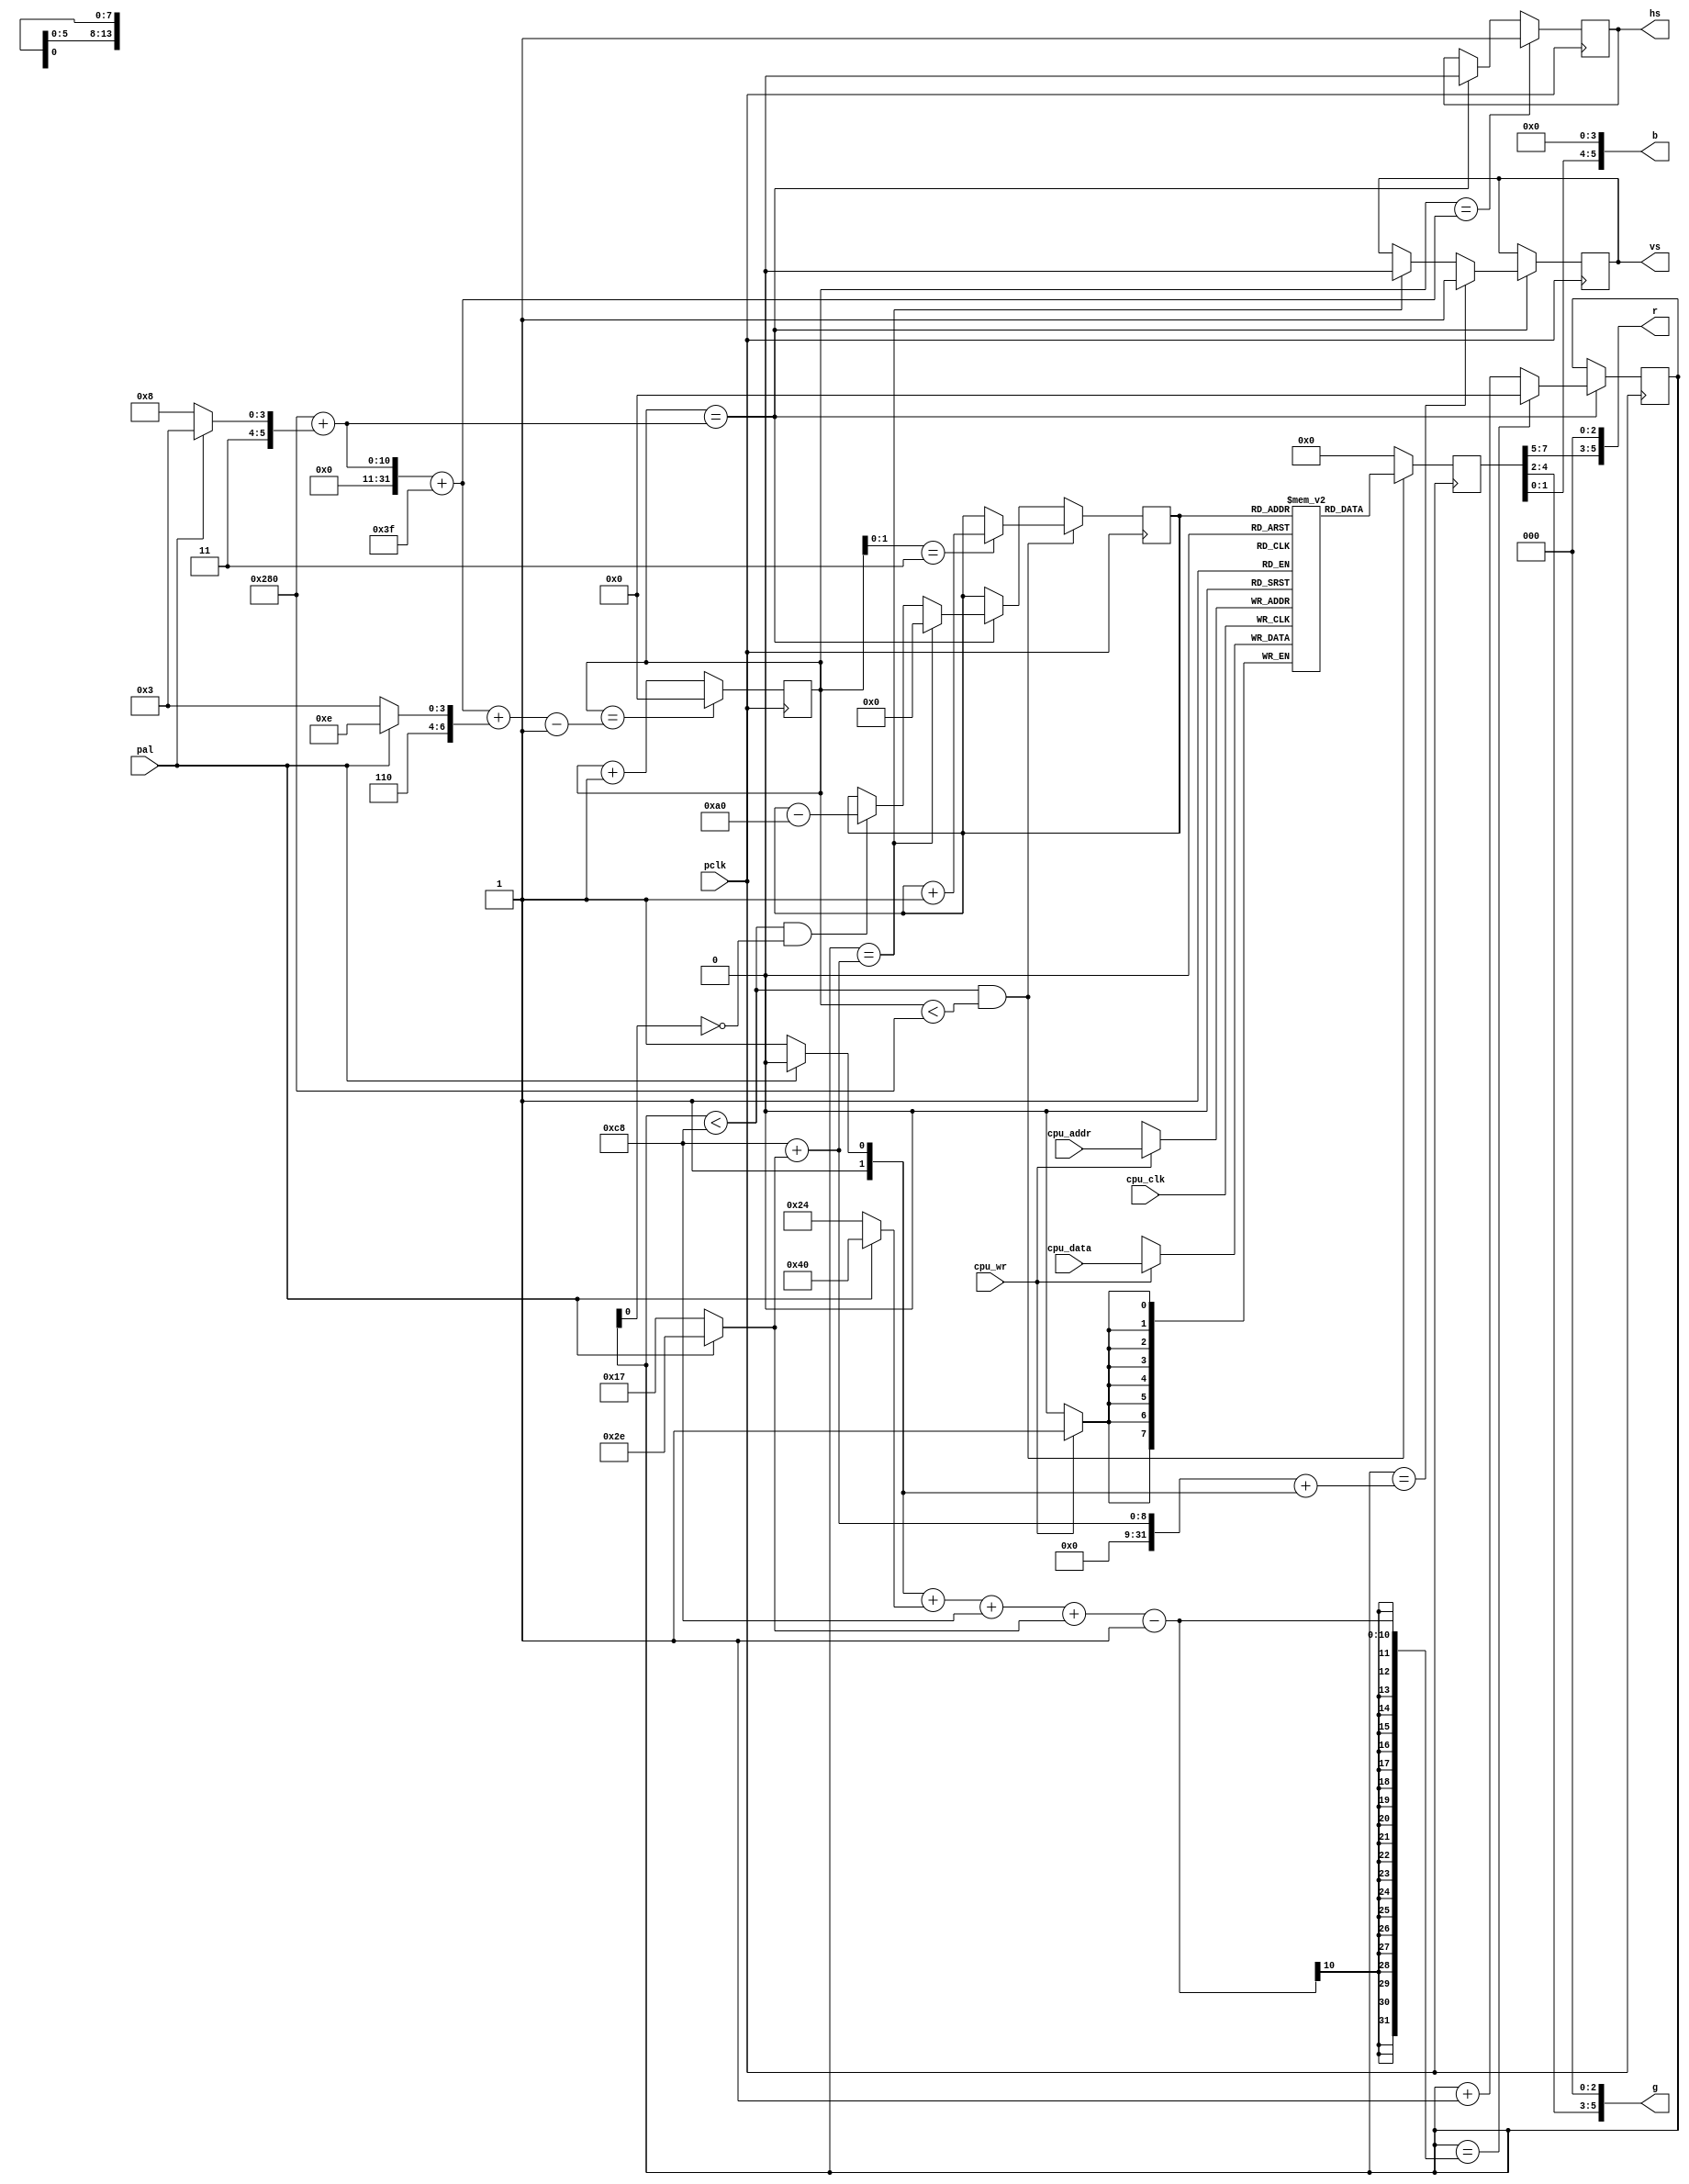
// A simple system-on-a-chip (SoC) for the MiST
// (c) 2016 Till Harbaum

// video controller generating 160x100 pixles. The video mode is based
// upon a non-interlaced PAL or NTSC TV mode.


module video (
   // pixel clock
   input  pclk,
	
	// config input
	input  pal,
	
	// CPU interface (write only!)	
	input  cpu_clk,
	input  cpu_wr,
	input [13:0] cpu_addr,
	input [7:0] cpu_data,

	// output to VGA screen
   output reg	hs,
   output reg 	vs,
   output [5:0] r,
   output [5:0] g,
   output [5:0] b
);

// PAL timing: 
// 864 pixel total horizontal @ 13.5 Mhz = 15.625 kHz
// 312 lines vertically @ 15.625 kHz = 50.08 Hz

// NTSC timing: 
// 858 pixel total horizontal @ 13.5 Mhz = 15.735 kHz
// 262 lines vertically @ 15.735 kHz = 60.05 Hz

parameter H   = 640;         // width of visible area
wire [9:0] hfp = pal?51:56;  // unused time before hsync
wire [9:0] hsw = pal?63:63;  // width of hsync
wire [9:0] hbp = pal?110:99; // unused time after hsync

parameter V   = 200;         // height of visible area
wire [9:0] vfp = pal?46:23;  // unused time before vsync
wire [9:0] vsw = pal?2:3;    // width of vsync
wire [9:0] vbp = pal?64:36;  // unused time after vsync

reg[9:0]  h_cnt;        // horizontal pixel counter
reg[9:0]  v_cnt;        // vertical pixel counter

// horizontal pixel counter
always@(posedge pclk) begin
	if(h_cnt==H+hfp+hsw+hbp-1)  h_cnt <= 10'd0;
	else                        h_cnt <= h_cnt + 10'd1;

        // generate negative hsync signal
	if(h_cnt == H+hfp)     hs <= 1'b0;
	if(h_cnt == H+hfp+hsw) hs <= 1'b1;
end

// veritical pixel counter
always@(posedge pclk) begin
        // the vertical counter is processed at the begin of each hsync
	if(h_cnt == H+hfp) begin
		if(v_cnt==vsw+vbp+V+vfp-1) v_cnt <= 10'd0; 
		else								v_cnt <= v_cnt + 10'd1;

               // generate negative vsync signal
 		if(v_cnt == V+vfp)     vs <= 1'b0;
		if(v_cnt == V+vfp+vsw) vs <= 1'b1;
	end
end

// 16000 bytes of internal video memory for 160x100 pixel at 8 Bit (RGB 332)
reg [7:0] vmem [160*100-1:0];

reg [13:0] video_counter;
reg [7:0] pixel;

// write VRAM via CPU interface
always @(posedge cpu_clk)
	if(cpu_wr) 
		vmem[cpu_addr] <= cpu_data;

// read VRAM for video generation
always@(posedge pclk) begin
       // The video counter is being reset at the begin of each vsync.
        // Otherwise it's increased every fourth pixel in the visible area.
        // At the end of the first three of four lines the counter is
        // decreased by the total line length to display the same contents
        // for four lines so 100 different lines are displayed on the 400
        // VGA lines.

        // visible area?
	if((v_cnt < V) && (h_cnt < H)) begin
		// increase video counter after each pixel
		if(h_cnt[1:0] == 2'd3)
			video_counter <= video_counter + 14'd1;
		
		pixel <= vmem[video_counter];               // read VRAM
	end else begin
	        // video counter is manipulated at the end of a line outside
	        // the visible area
		if(h_cnt == H+hfp) begin
				// the video counter is reset at the begin of the vsync
		      // at the end of every second line it's decremented
		      // one line to repeat the same pixels over two display
		      // lines
			if(v_cnt == V+vfp)
				video_counter <= 14'd0;
			else if((v_cnt < V) && (v_cnt[0] != 2'd1))
				video_counter <= video_counter - 14'd160;
		end
			
		pixel <= 8'h00;   // color outside visible area: black
	end
end

// split the 8 rgb bits into the three base colors. Every second line is
// darker to give some scanlines effect
assign r = { pixel[7:5],  3'b000 };
assign g = { pixel[4:2],  3'b000 };
assign b = { pixel[1:0], 4'b0000 };

endmodule